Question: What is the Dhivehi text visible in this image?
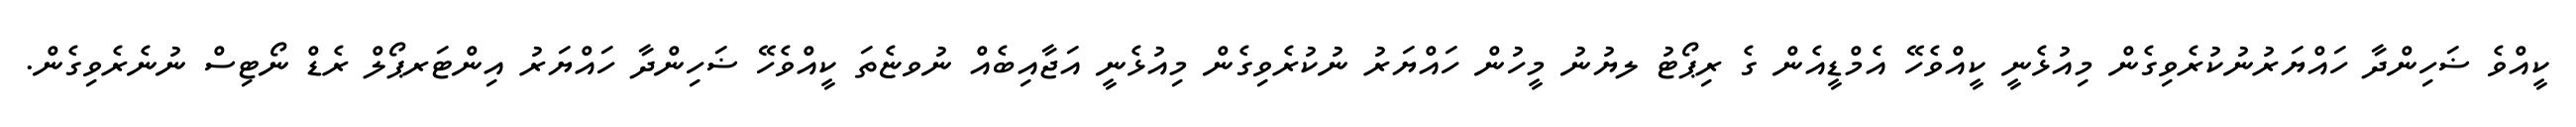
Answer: ކީއްވެ ޟަހިންދާ ހައްޔަރުނުކުރެވިގެން މިއުޅެނީ ކީއްވެހޭ އެމްޑީއެން ގެ ރިޕޯޓު ލޔުނު މީހުން ހައްޔަރު ނުކުރެވިގެން މިއުޅެނީ އަޖާއިބެއް ނުވޏެތަ ކީއްވެހޭ ޟަހިންދާ ހައްޔަރު އިންޓަރޕޯލް ރެޑް ނޯޓިސް ނުނެރެވިގެން.